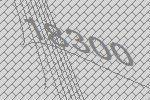
18300